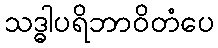
သဒ္ဓါပရိဘာဝိတံပေ